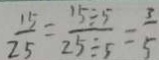
\frac { 1 5 } { 2 5 } = \frac { 1 5 \div 5 } { 2 5 \div 5 } = \frac { 3 } { 5 }